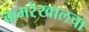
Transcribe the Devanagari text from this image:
कमरेखालचा